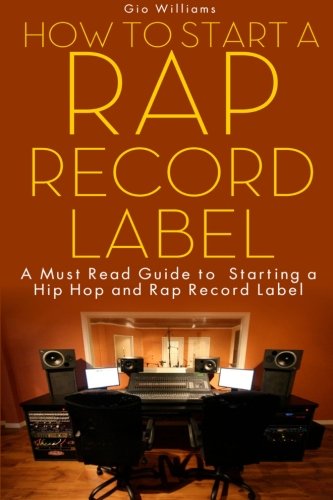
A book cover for How To Start A Rap Record Label: A Must Read Guide to Starting a Hip Hop and Rap Record Label; Gio Williams; Business & Money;